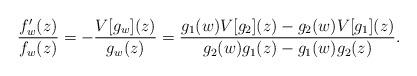
LaTeX: \begin{align*} \frac{f_w'(z)}{f_w(z)} = - \frac{V[g_w](z)}{g_w(z)} = \frac{ g_1(w) V[g_2 ](z) - g_2(w) V[g_1] (z)}{ g_2(w) g_1 (z) - g_1(w) g_2(z)} . \end{align*}